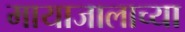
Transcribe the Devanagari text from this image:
मायाजालाच्या